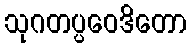
သုဂတပ္ပဝေဒိတော